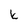
Character: k